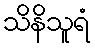
သိနိသူရံ